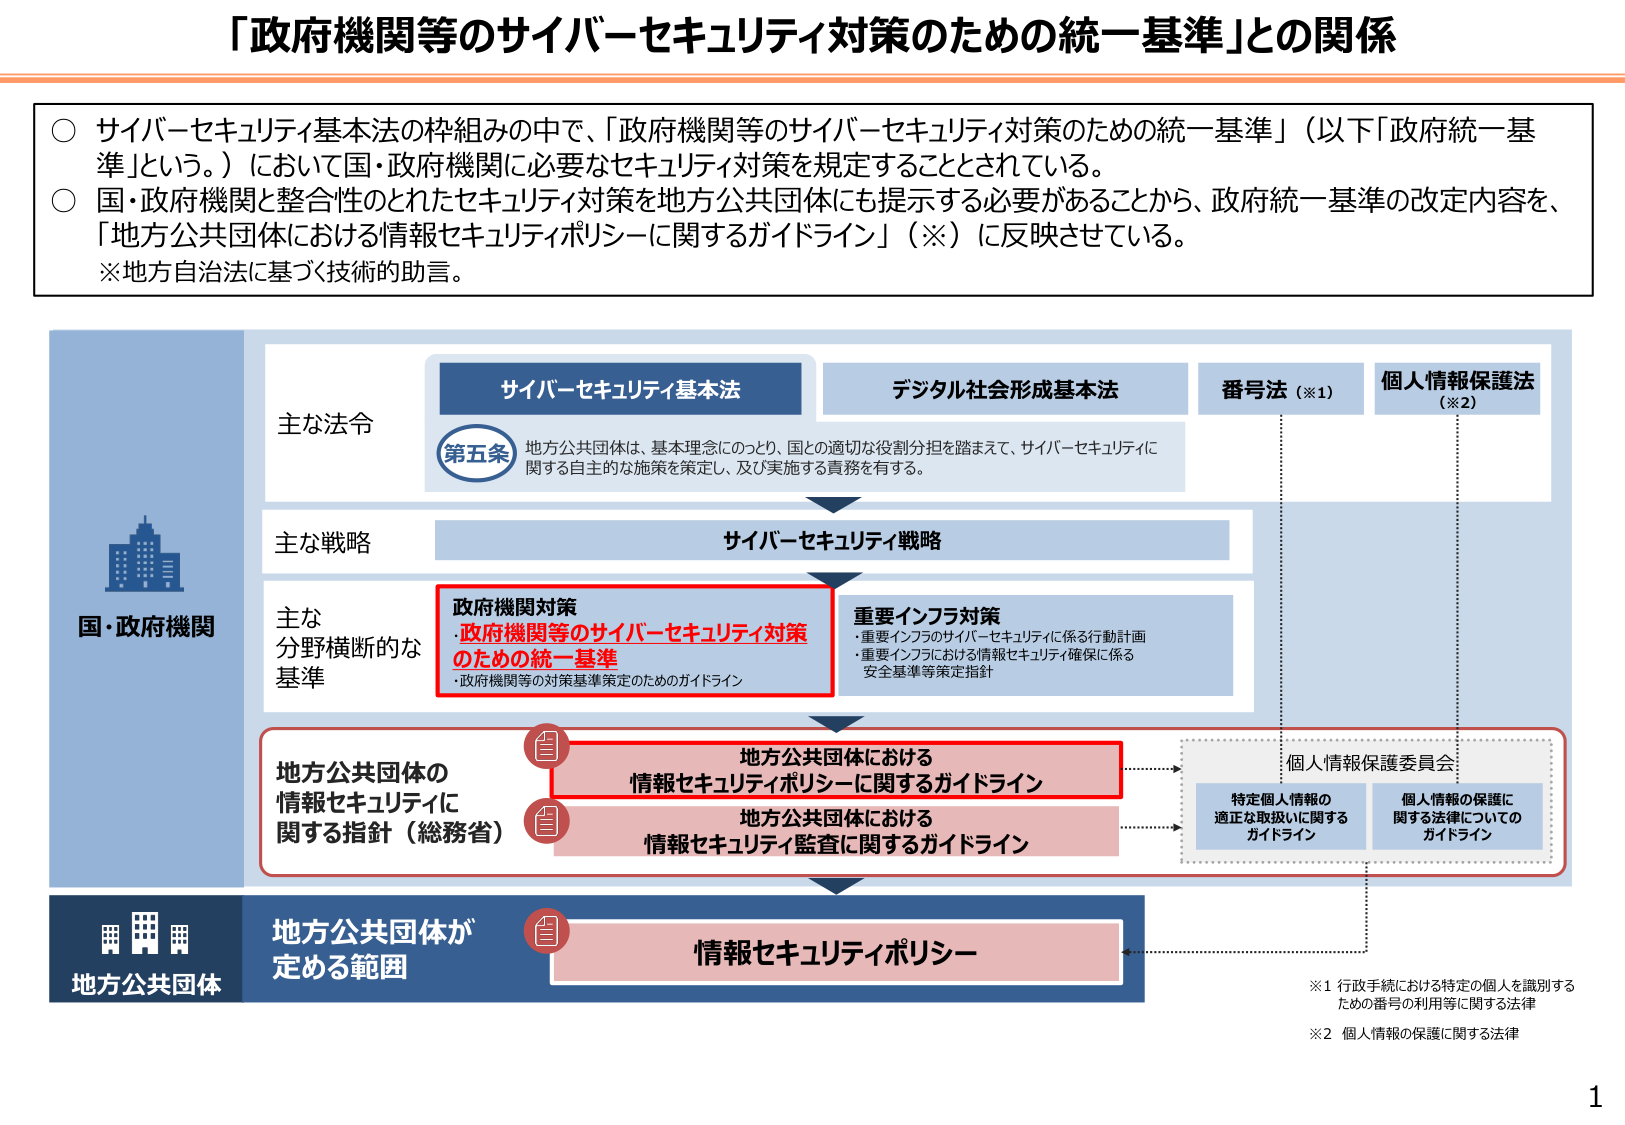
「政府機関等のサイバーセキュリティ対策のための統一基準」との関係

○ サイバーセキュリティ基本法の枠組みの中で、「政府機関等のサイバーセキュリティ対策のための統一基準」（以下「政府統一基準」という。）において国・政府機関に必要なセキュリティ対策を規定することとされている。
○ 国・政府機関と整合性のとれたセキュリティ対策を地方公共団体にも提示する必要があることから、政府統一基準の改定内容を、「地方公共団体における情報セキュリティポリシーに関するガイドライン」（※）に反映させている。
※地方自治法に基づく技術的助言。

国・政府機関

主な法令
サイバーセキュリティ基本法
第五条 地方公共団体は、基本理念にのっとり、国との適切な役割分担を踏まえて、サイバーセキュリティに関する自主的な施策を策定し、及び実施する責務を有する。
デジタル社会形成基本法
番号法（※1）
個人情報保護法（※2）

主な戦略
サイバーセキュリティ戦略

主な分野横断的な基準
政府機関対策
・政府機関等のサイバーセキュリティ対策のための統一基準
・政府機関等の対策基準策定のためのガイドライン
重要インフラ対策
・重要インフラのサイバーセキュリティに係る行動計画
・重要インフラにおける情報セキュリティ確保に係る安全基準等策定指針

地方公共団体の情報セキュリティに関する指針（総務省）
地方公共団体における情報セキュリティポリシーに関するガイドライン
地方公共団体における情報セキュリティ監査に関するガイドライン

個人情報保護委員会
特定個人情報の適正な取扱いに関するガイドライン
個人情報の保護に関する法律についてのガイドライン

地方公共団体
地方公共団体が定める範囲
情報セキュリティポリシー

※1 行政手続における特定の個人を識別するための番号の利用等に関する法律
※2 個人情報の保護に関する法律

1